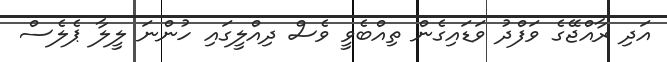
އަދި ރާއްޖޭގެ ވަފްދު ވަޑައިގެން ތިއްބެވީ ވެސް ދިއްލީގައި ހުންނަ ލީލާ ޕެލެސް